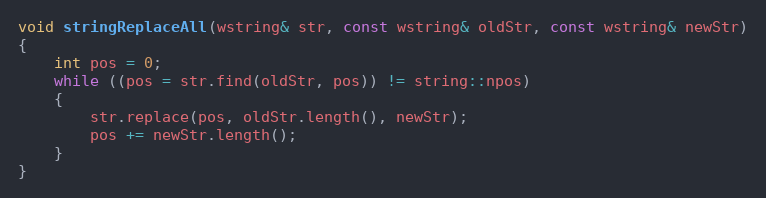
Language: C++
void stringReplaceAll(wstring& str, const wstring& oldStr, const wstring& newStr)
{
    int pos = 0;
    while ((pos = str.find(oldStr, pos)) != string::npos)
    {
        str.replace(pos, oldStr.length(), newStr);
        pos += newStr.length();
    }
}